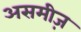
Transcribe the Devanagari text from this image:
असमीज़